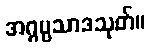
အဂ္ဂပ္ပသာဒသုတ်။